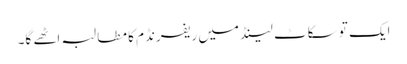
ایک تو سکاٹ لینڈ میں ریفرنڈم کا مطالبہ اٹھے گا۔